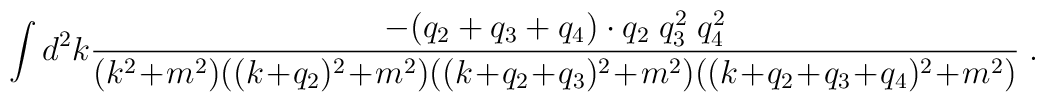
\int d^2k \frac{-(q_2 + q_3 + q_4) \cdot q_2 \; q_3^2 \; q_4^2}{(k^2\!+\!m^2)((k\!+\!q_2)^2\!+\!m^2)((k\!+\!q_2\!+\!q_3)^2\!+\!m^2)((k\!+\!q_2\!+\!q_3\!+\!q_4)^2\!+\!m^2)}\; .